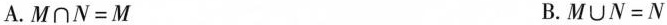
A.$$M \cap N = M$$ B.$$M \cup N = N$$